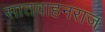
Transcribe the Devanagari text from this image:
सातवाहनराज